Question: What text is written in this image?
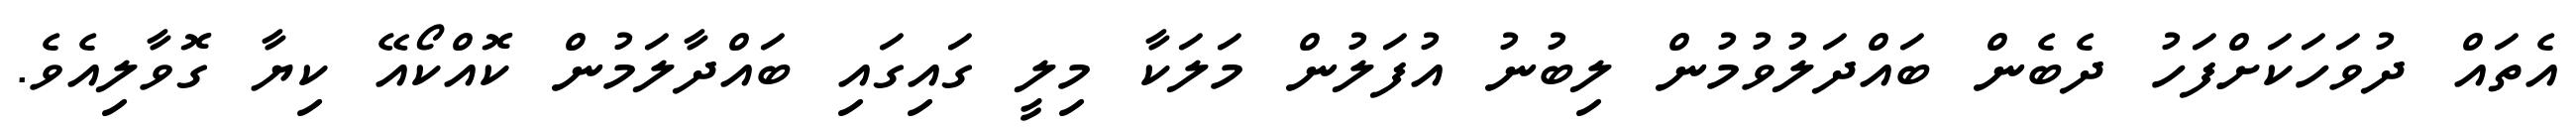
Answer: އެތައް ދުވަހަކަށްފަހު ދެބެން ބައްދަލުވުމުން ލިބުނު އުފަލުން މަލަކާ މިލީ ގައިގައި ބައްދާލަމުން ކޮއްކޯއޭ ކިޔާ ގޮވާލިއެވެ.